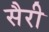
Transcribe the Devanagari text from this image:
सैरी